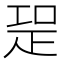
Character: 𭼁